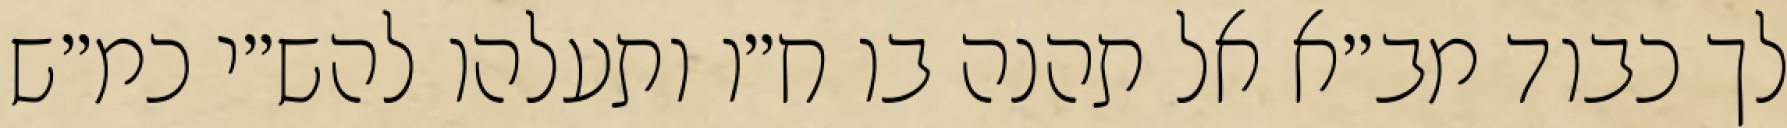
לך כבוד מב״א אל תהנה בו ח״ו ותעלהו להש״י כמ״ש